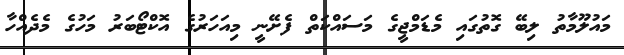
މައުލޫމާތު ލިބޭ ގޮތުގައި މެޑަމްޖީގެ މަސައްކަތް ފެށޭނީ މިއަހަރުގެ އޮކްޓޯބަރު މަހުގެ މެދެއްހާ